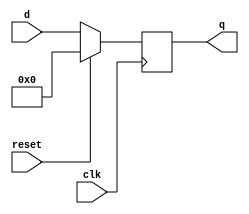
module DFF(d,reset,clk,q);

input [31:0] d;
input reset,clk;
output reg [31:0] q;

always @(posedge clk) begin
        if(reset) begin
        q<=32'h00000000;
        end
        else begin
        q<=d;
        end
end

endmodule